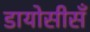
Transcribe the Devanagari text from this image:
डायोसीसँ